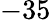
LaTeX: -35